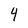
Character: 4